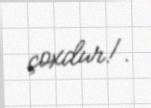
çoxdur!.